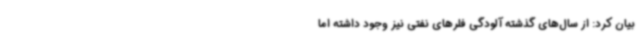
بیان کرد: از سال‌های گذشته آلودگی فلرهای نفتی نیز وجود داشته اما